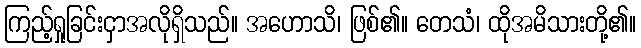
ကြည့်ရှုခြင်းငှာအလိုရှိသည်။ အဟောသိ၊ ဖြစ်၏။ တေသံ၊ ထိုအမိသားတို့၏။